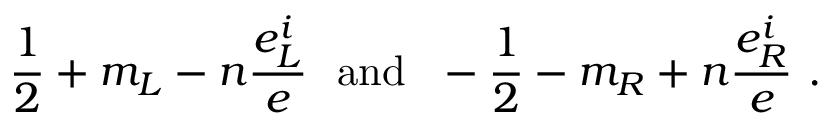
\frac { 1 } { 2 } + m _ { L } - n \frac { e _ { L } ^ { i } } { e } ~ ~ \mathrm { a n d } ~ ~ - \frac { 1 } { 2 } - m _ { R } + n \frac { e _ { R } ^ { i } } { e } ~ .